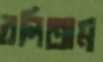
বলিতাম